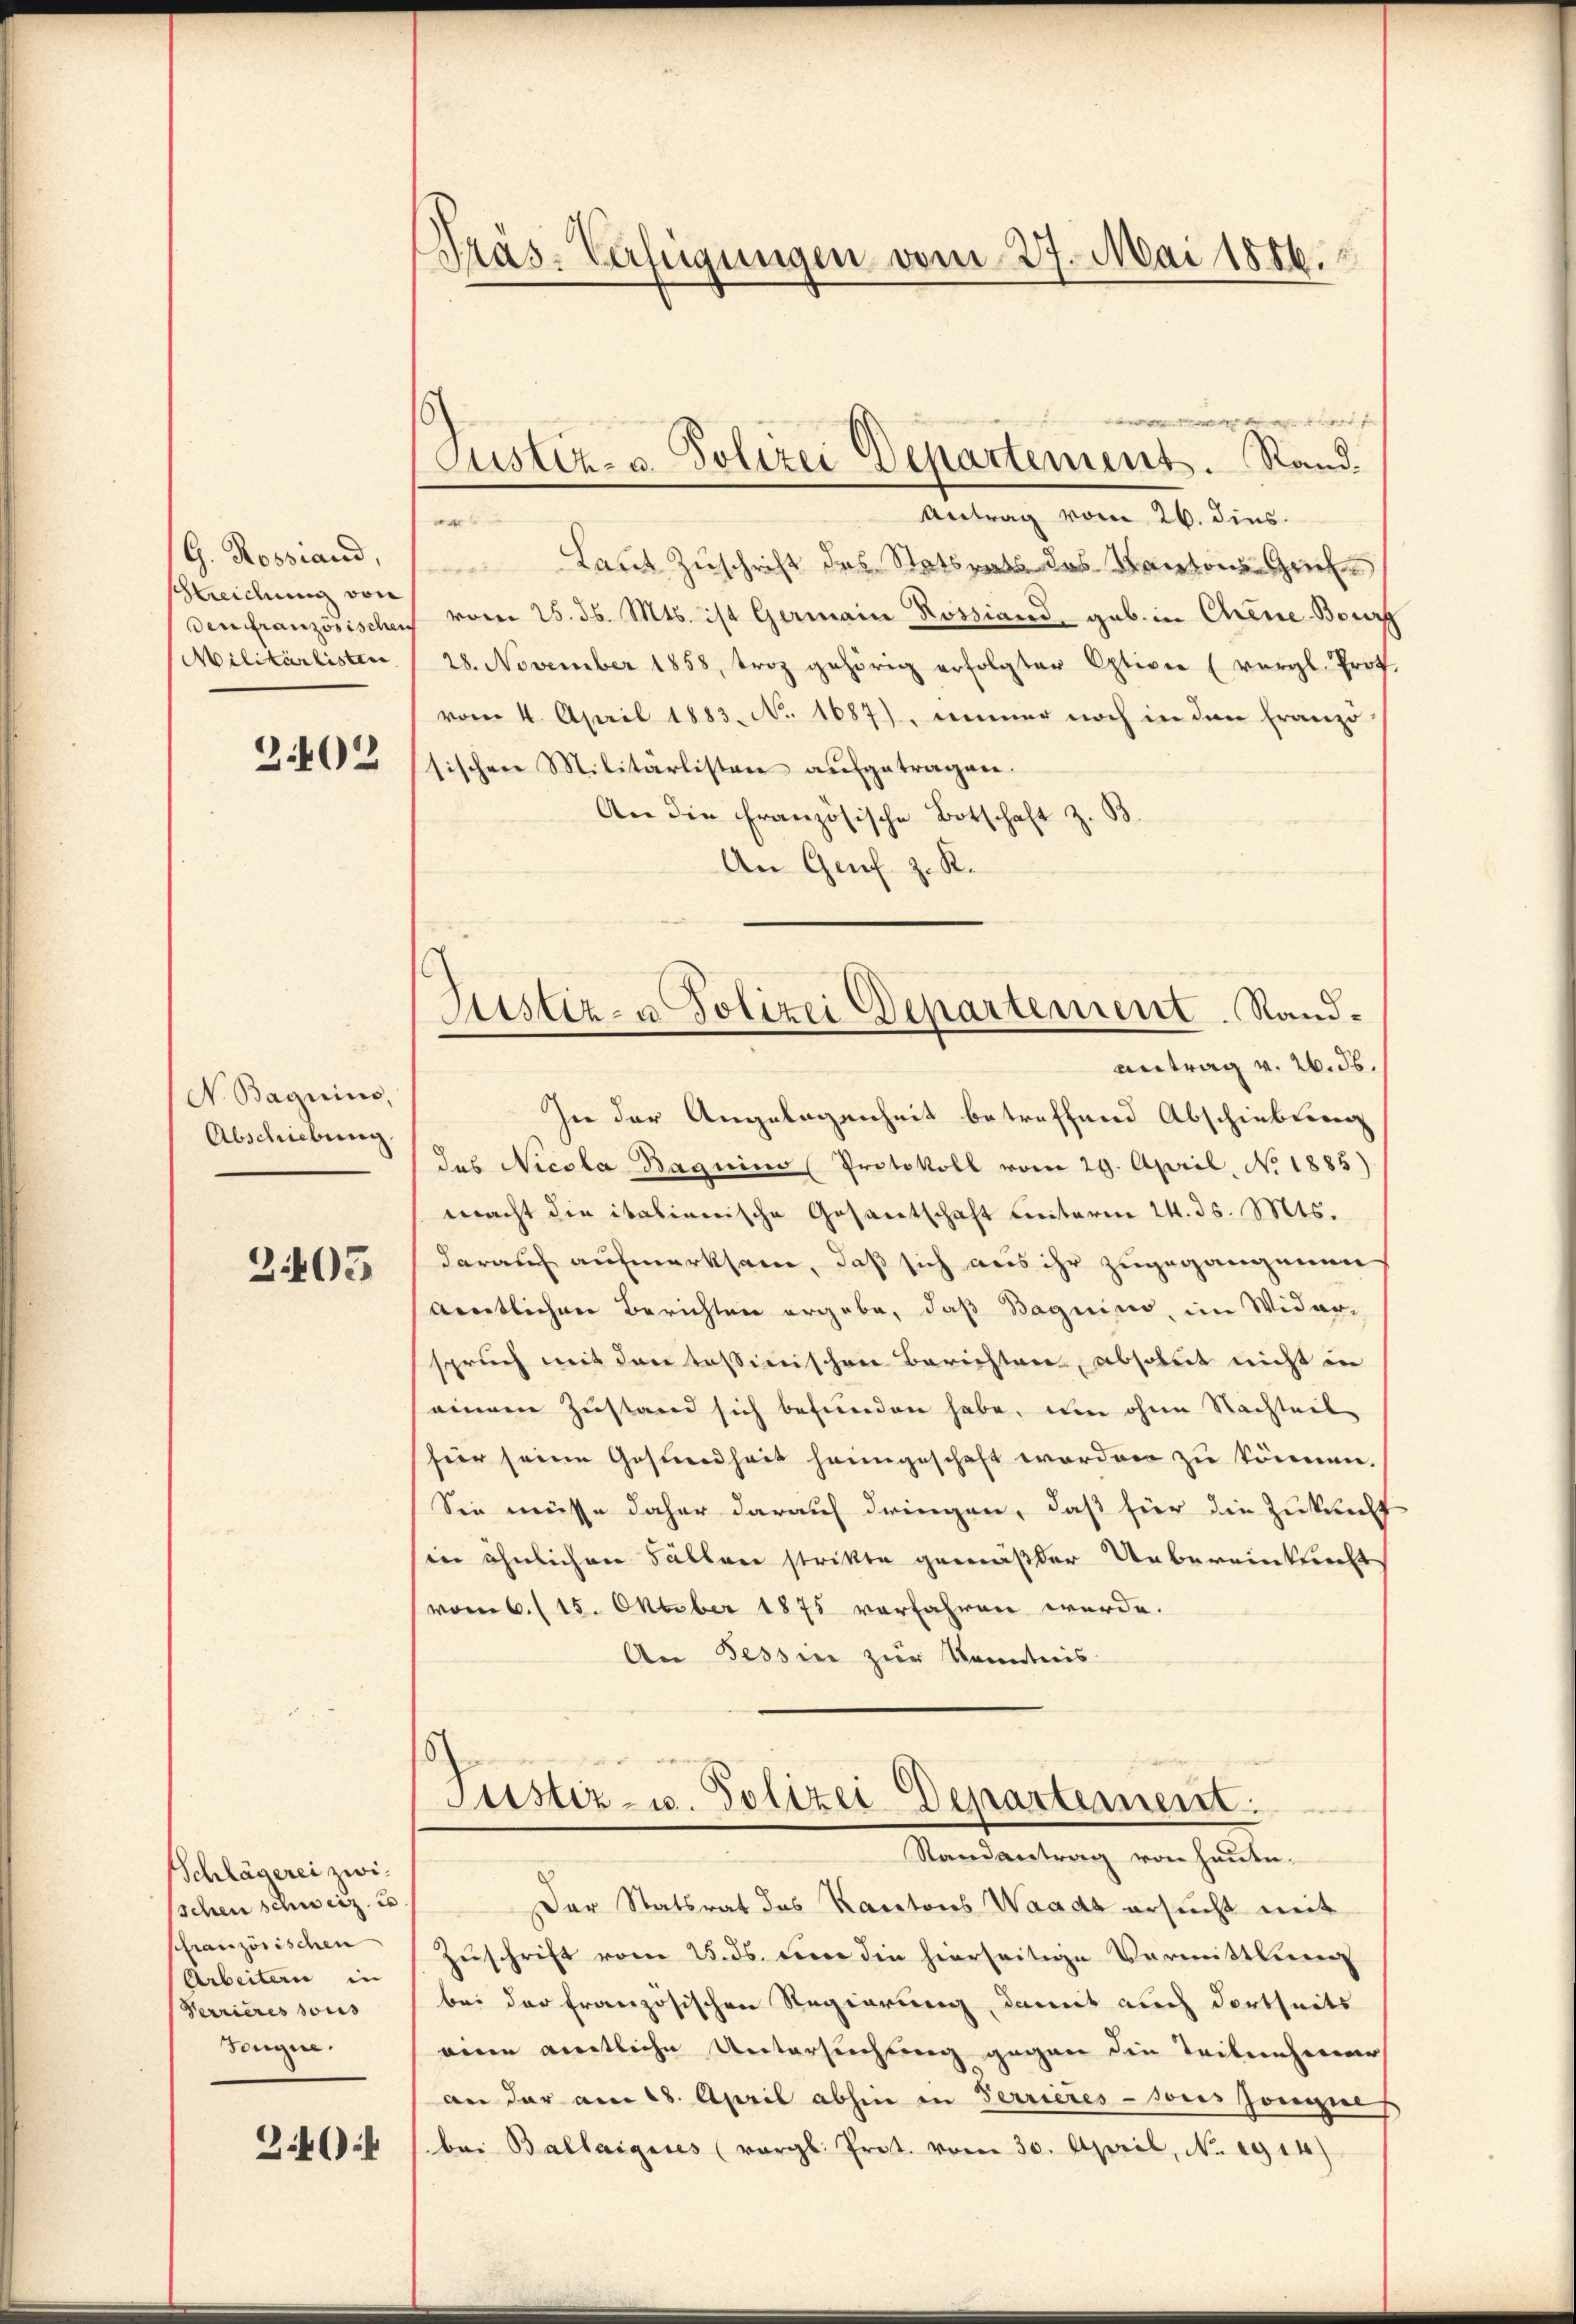
G. Rossiand,
Streichung von
Der französischen
Militärlisten.

2402

N. Bagnius,
Abschiebung.

2405

Schlägerei zwischen schweiz. u.
pfranzösischen
Arbeitern in
Verrieres sous
Feugne.

2.40

Präs. Verfügungen vom 27. Mai 1886.

Justiz- u. Polizei Departement. Rand.

f
Antrag vom 26. dies.
e
Laut Zuschrift des Statsrats des Kantons Grie
vom 25. d. Mts. ist Germain Rossiand geb. in Chene Bourg
28. November 1858, trotz gehörig erfolgter Opticie (vergl. Prof.
vom 4. April 1883. No. 1687), immer noch in den Franzö
sischen Militärlisten aufgetragen.
An die französische Botschaft z. B.
An Genf z. R.
In der Angelegenheit betreffend Abschiebung
das Nicola Bagnina (Protokoll vom 29. April, No 1885)
macht die italienische Gesantschaft hinterm 24. ds. Mts.
darauf aufmerksam, daß sich aus ihr zugegangenen
aemtlichen Berichten ergebe, daß Baquino, im Wider-
spruch mit den tessinischen Berichten, absolut nicht in
einem Zustand sich befunden habe, um ohne Nachteil-
für seine Gesundheit heimgeschaft worden zu können.
Sie müsse daher darauf dringen, daß für die Zukunft
in ähnlichen Fällen strikte gemäßer Uebereinkunft
vom 6. (15. Oktober 1875 verfahren werde.
An Tessin zur Kenntnis-

Sistiz- u Polizei Departement. Sand¬
Antrag v. 26. 36.

Justiz- u. Polizei-Departement.
Randantrag von Hauen.

Der Statsrat des Kantons Waadt ersucht mit
Zŭschrift vom 25. ds. der die hierseitige Vermittlung
bei der französischen Regierung, damit auch dortseits
eine amtliche Untersuchung gegen die Teilnehmer
an der am 18. April abhin in Terrieressores Jongue
bei Ballaigeres (vergl. Prot. vom 30. April, No. 1914)